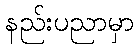
နည်းပညာမှာ